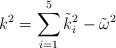
LaTeX: \begin{align*}k^{2}=\sum _{i=1}^{5}\tilde{k}^{2}_{i}-\tilde{\omega }^{2}\end{align*}